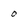
Character: o